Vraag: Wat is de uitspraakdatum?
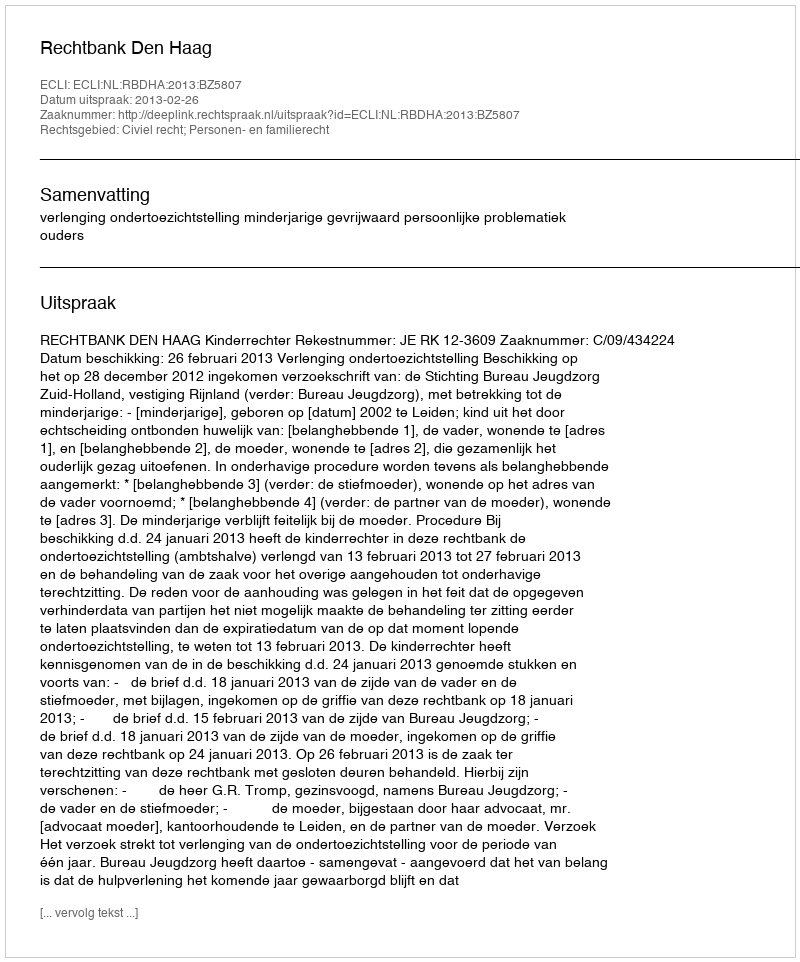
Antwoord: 2013-02-26